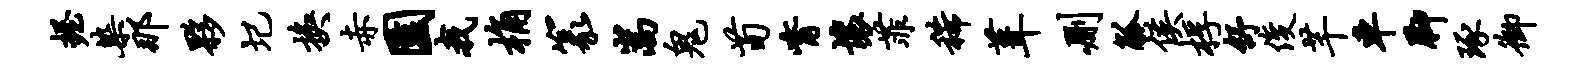
握染那夥圮换赤园我桷篆嵩鬼荀觜壤菲稀葺删觚侯桴舒俊芊车脚琢御